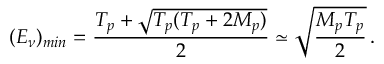
( E _ { \nu } ) _ { m i n } = \frac { T _ { p } + \sqrt { T _ { p } ( T _ { p } + 2 M _ { p } ) } } { 2 } \simeq \sqrt { \frac { M _ { p } T _ { p } } { 2 } } \, .